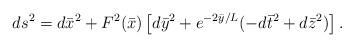
LaTeX: \begin{align*}ds^2 = d {\bar x}^2 + F^2({\bar x})\left[ d{\bar y}^2+ e^{-2{\bar y}/L} (-d{\bar t}^2+d{\bar z}^2) \right].\end{align*}